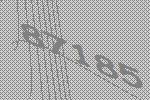
87185